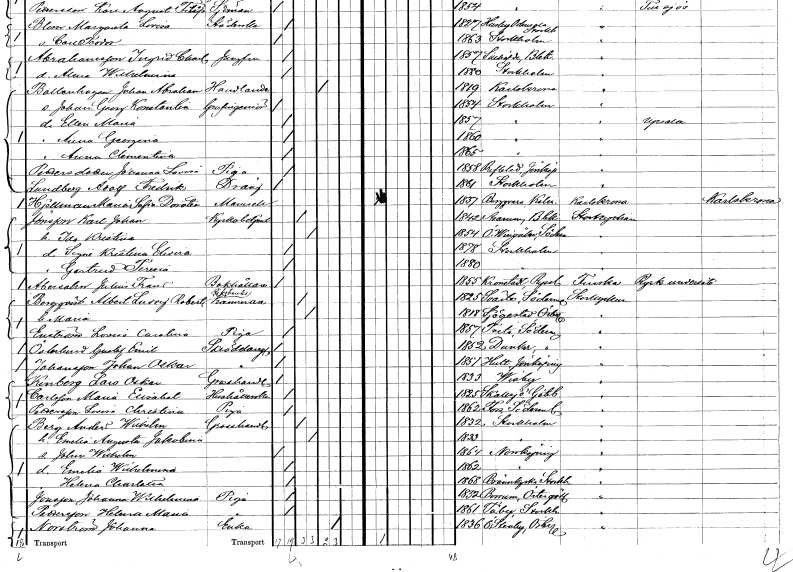
gt_parse: households: individuals: FN: Anna Clementina
KON: K
CIV: O
FODAR: 1865
FODFORS: Stockholm
FN: Johanna Lovisa
EN: Pettersdotter
YRKE: Piga
KON: K
CIV: O
FODAR: 1858
FODFORS: Reftele Jönköpings län
FN: Adolf Fredrik
EN: Lundberg
YRKE: Dräng
KON: M
CIV: O
FODAR: 1861
FODFORS: Stockholm
FN: Sofia Dorotea
EN: Hjellman
KON: K
CIV: O
FODAR: 1837
FODFORS: Söderåkra Kalmar län
FN: Karl Johan
EN: Jönsson
YRKE: Kyrkobetjänt
KON: M
CIV: G
FODAR: 1842
FODFORS: Asarum Blekinge län
FN: Ida Kristina
KON: K
CIV: G
FODAR: 1854
FODFORS: Östra Vingåker Södermanlands län
FN: Signe Kristina Elvira
KON: K
CIV: O
FODAR: 1878
FODFORS: Stockholm
FN: Gertrud Teresia
KON: K
CIV: O
FODAR: 1880
FODFORS: Stockholm
FN: Julius Frans
EN: Abersahn
YRKE: Bokhållare
KON: M
CIV: O
FODAR: 1855
FN: Albert Ludvig Robert
EN: Bergqvist
YRKE: Riksbankskamrerare
KON: M
CIV: G
FODAR: 1825
FODFORS: Svärta Södermanlands län
FN: Maria
KON: K
CIV: G
FODAR: 1818
FODFORS: Sjögestad Östergötlands län
FN: Lovisa Carolina
EN: Enström
YRKE: Piga
KON: K
CIV: O
FODAR: 1857
FODFORS: Tveta Stockholms län
FN: Gustaf Emil
EN: Österlund
YRKE: Skräddaregesäll
KON: M
CIV: O
FODAR: 1852
FODFORS: Dunker Södermanlands län
FN: Johan Oskar
EN: Johansson
YRKE: Skräddaregesäll
KON: M
CIV: O
FODAR: 1851
FODFORS: Hult Jönköpings län
FN: Lars Oskar
EN: Kinberg
YRKE: Grosshandlare
KON: M
CIV: O
FODAR: 1833
FODFORS: Visby Gotlands län
FN: Maria Elisabet
EN: Carlsson
YRKE: Hushållerska
KON: K
CIV: O
FODAR: 1825
FODFORS: Skallsjö Älvsborgs län
FN: Lovisa Christina
EN: Pettersson
YRKE: Piga
KON: K
CIV: O
FODAR: 1862
FODFORS: Fors Södermanlands län
FN: Anders Wilhelm
EN: Berg
YRKE: Grosshandlare
KON: M
CIV: G
FODAR: 1832
FODFORS: Stockholm
FN: Emelia Augusta Jakobina
KON: K
CIV: G
FODAR: 1833
FODFORS: Stockholm
FN: John Wilhelm
KON: M
CIV: O
FODAR: 1864
FODFORS: Norrköping Östergötlands län
FN: Emelia Wilhelmina
KON: K
CIV: O
FODAR: 1862
FODFORS: Norrköping Östergötlands län
FN: Helena Charlotta
KON: K
CIV: O
FODAR: 1868
FODFORS: Brännkyrka Stockholms län
FN: Johanna Wilhelmina
EN: Jonsson
YRKE: Piga
KON: K
CIV: O
FODAR: 1852
FODFORS: Börrum Östergötlands län
FN: Helena Maria
EN: Pettersson
YRKE: Piga
KON: K
CIV: O
FODAR: 1861
FODFORS: Täby Stockholms län
FN: Johanna
EN: Norström
YRKE: Änka
KON: K
CIV: E
FODAR: 1836
FODFORS: Östra Stenby Östergötlands län